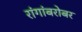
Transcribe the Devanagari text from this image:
रांगांबरोबर